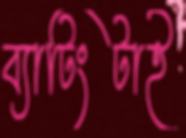
ব্যাটিংটাই